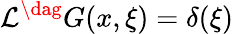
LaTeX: {\cal L}^{\dag}G(x,\xi)=\delta(\xi)